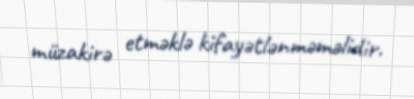
müzakirə etməklə kifayətlənməməlidir.